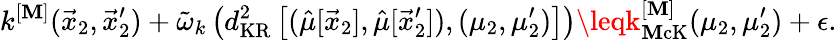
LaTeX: k^{[\mathbf{M}]}(\vec{{x}}_{2},\vec{{x}}_{2}^{\prime})+\tilde{{\omega}}_{k}\left(d_{\mathrm{{KR}}}^{2}\left[(\hat{{\mu}}[\vec{{x}}_{2}],\hat{{\mu}}[\vec{{x}}_{2}^{\prime}]),(\mu_{2},\mu_{2}^{\prime})\right]\right)\leqk_{\mathrm{{\mathbf{M}cK}}}^{[\mathbf{M}]}(\mu_{2},\mu_{2}^{\prime})+\epsilon.